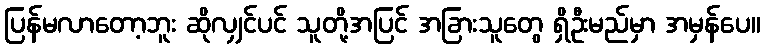
ပြန်မလာတော့ဘူး ဆိုလျှင်ပင် သူတို့အပြင် အခြားသူတွေ ရှိဦးမည်မှာ အမှန်ပေ။